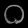
Digit: ၀